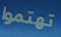
تهتموا